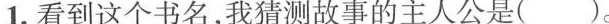
1.看到这个书名，我猜测故事的主人公是()。